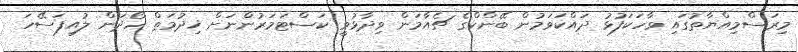
މިރަސްމިއްޔާތުގައި ވާހަކަފުޅު ދައްކަވަމުން ބޭންކްގެ ޗެއާމަން ވިދާޅުވީ ކަސްޓަމަރުންނަށް ޚިދުމަތް ހޯދަން ލުއިފަސޭހަ